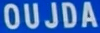
OUJDA